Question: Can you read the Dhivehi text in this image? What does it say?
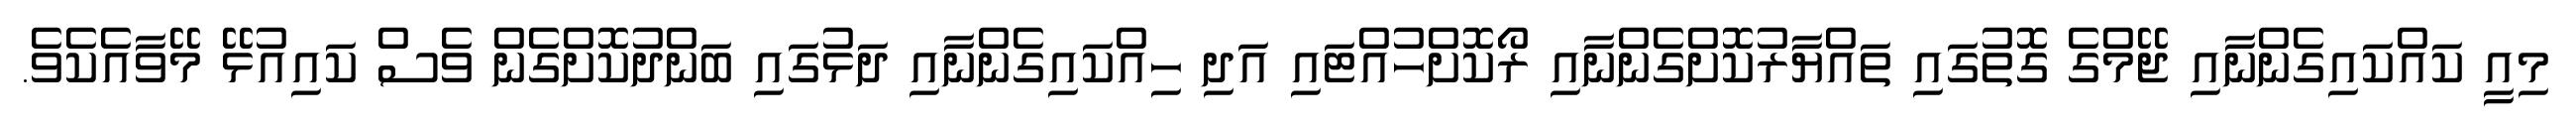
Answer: މިއީ ކައްކައިގެންނާއި ޖޭމްގެ ގޮތުގައި ތައްޔާރުކޮށްގެންނާއި ރޯކޮށްހުއްޓައި އަދި ހިއްކައިގެންނާއި ދަޅުގައި ބަންދުކޮށްގެން ވެސް ކައިއުޅޭ މޭވާއެކެވެ.